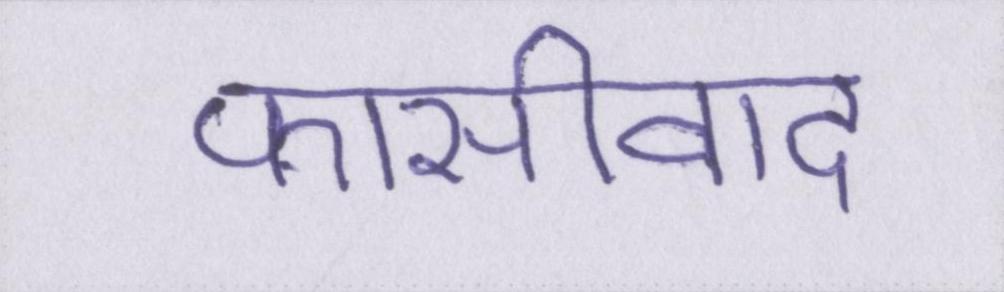
फासीवाद